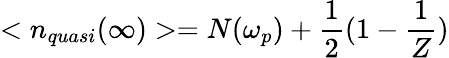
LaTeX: <n_{quasi}(\infty)>=N(\omega_{p})+\frac{1}{2}(1-\frac{1}{Z})